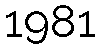
1981